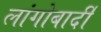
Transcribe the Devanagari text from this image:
लांगोबार्दी